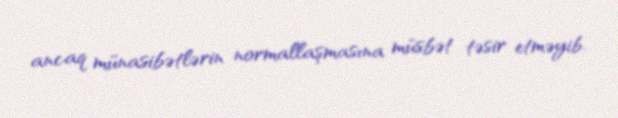
ancaq münasibətlərin normallaşmasına müsbət təsir etməyib.